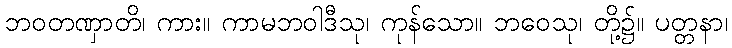
ဘဝတဏှာတိ၊ ကား။ ကာမဘဝါဒီသု၊ ကုန်သော။ ဘဝေသု၊ တို့၌။ ပတ္တနာ၊